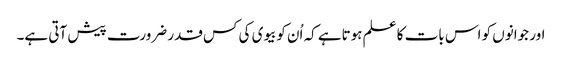
اور جوانوں کو اس بات کا علم ہوتاہے کہ اُن کوبیوی کی کس قدر ضرورت پیش آتی ہے۔